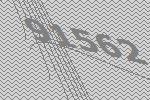
91562